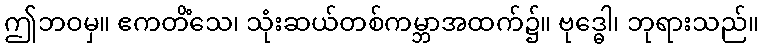
ဤဘဝမှ။ ဧကတိံသေ၊ သုံးဆယ်တစ်ကမ္ဘာအထက်၌။ ဗုဒ္ဓေါ၊ ဘုရားသည်။